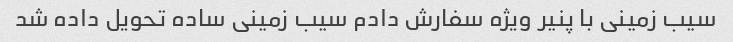
سیب زمینی با پنیر ویژه سفارش دادم سیب زمینی ساده تحویل داده شد